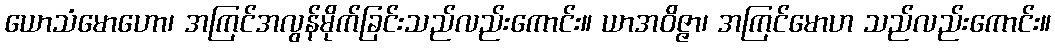
ယောသံမောဟော၊ အကြင်အလွန်မိုက်ခြင်းသည်လည်းကောင်း။ ယာအဝိဇ္ဇာ၊ အကြင်မောဟ သည်လည်းကောင်း။